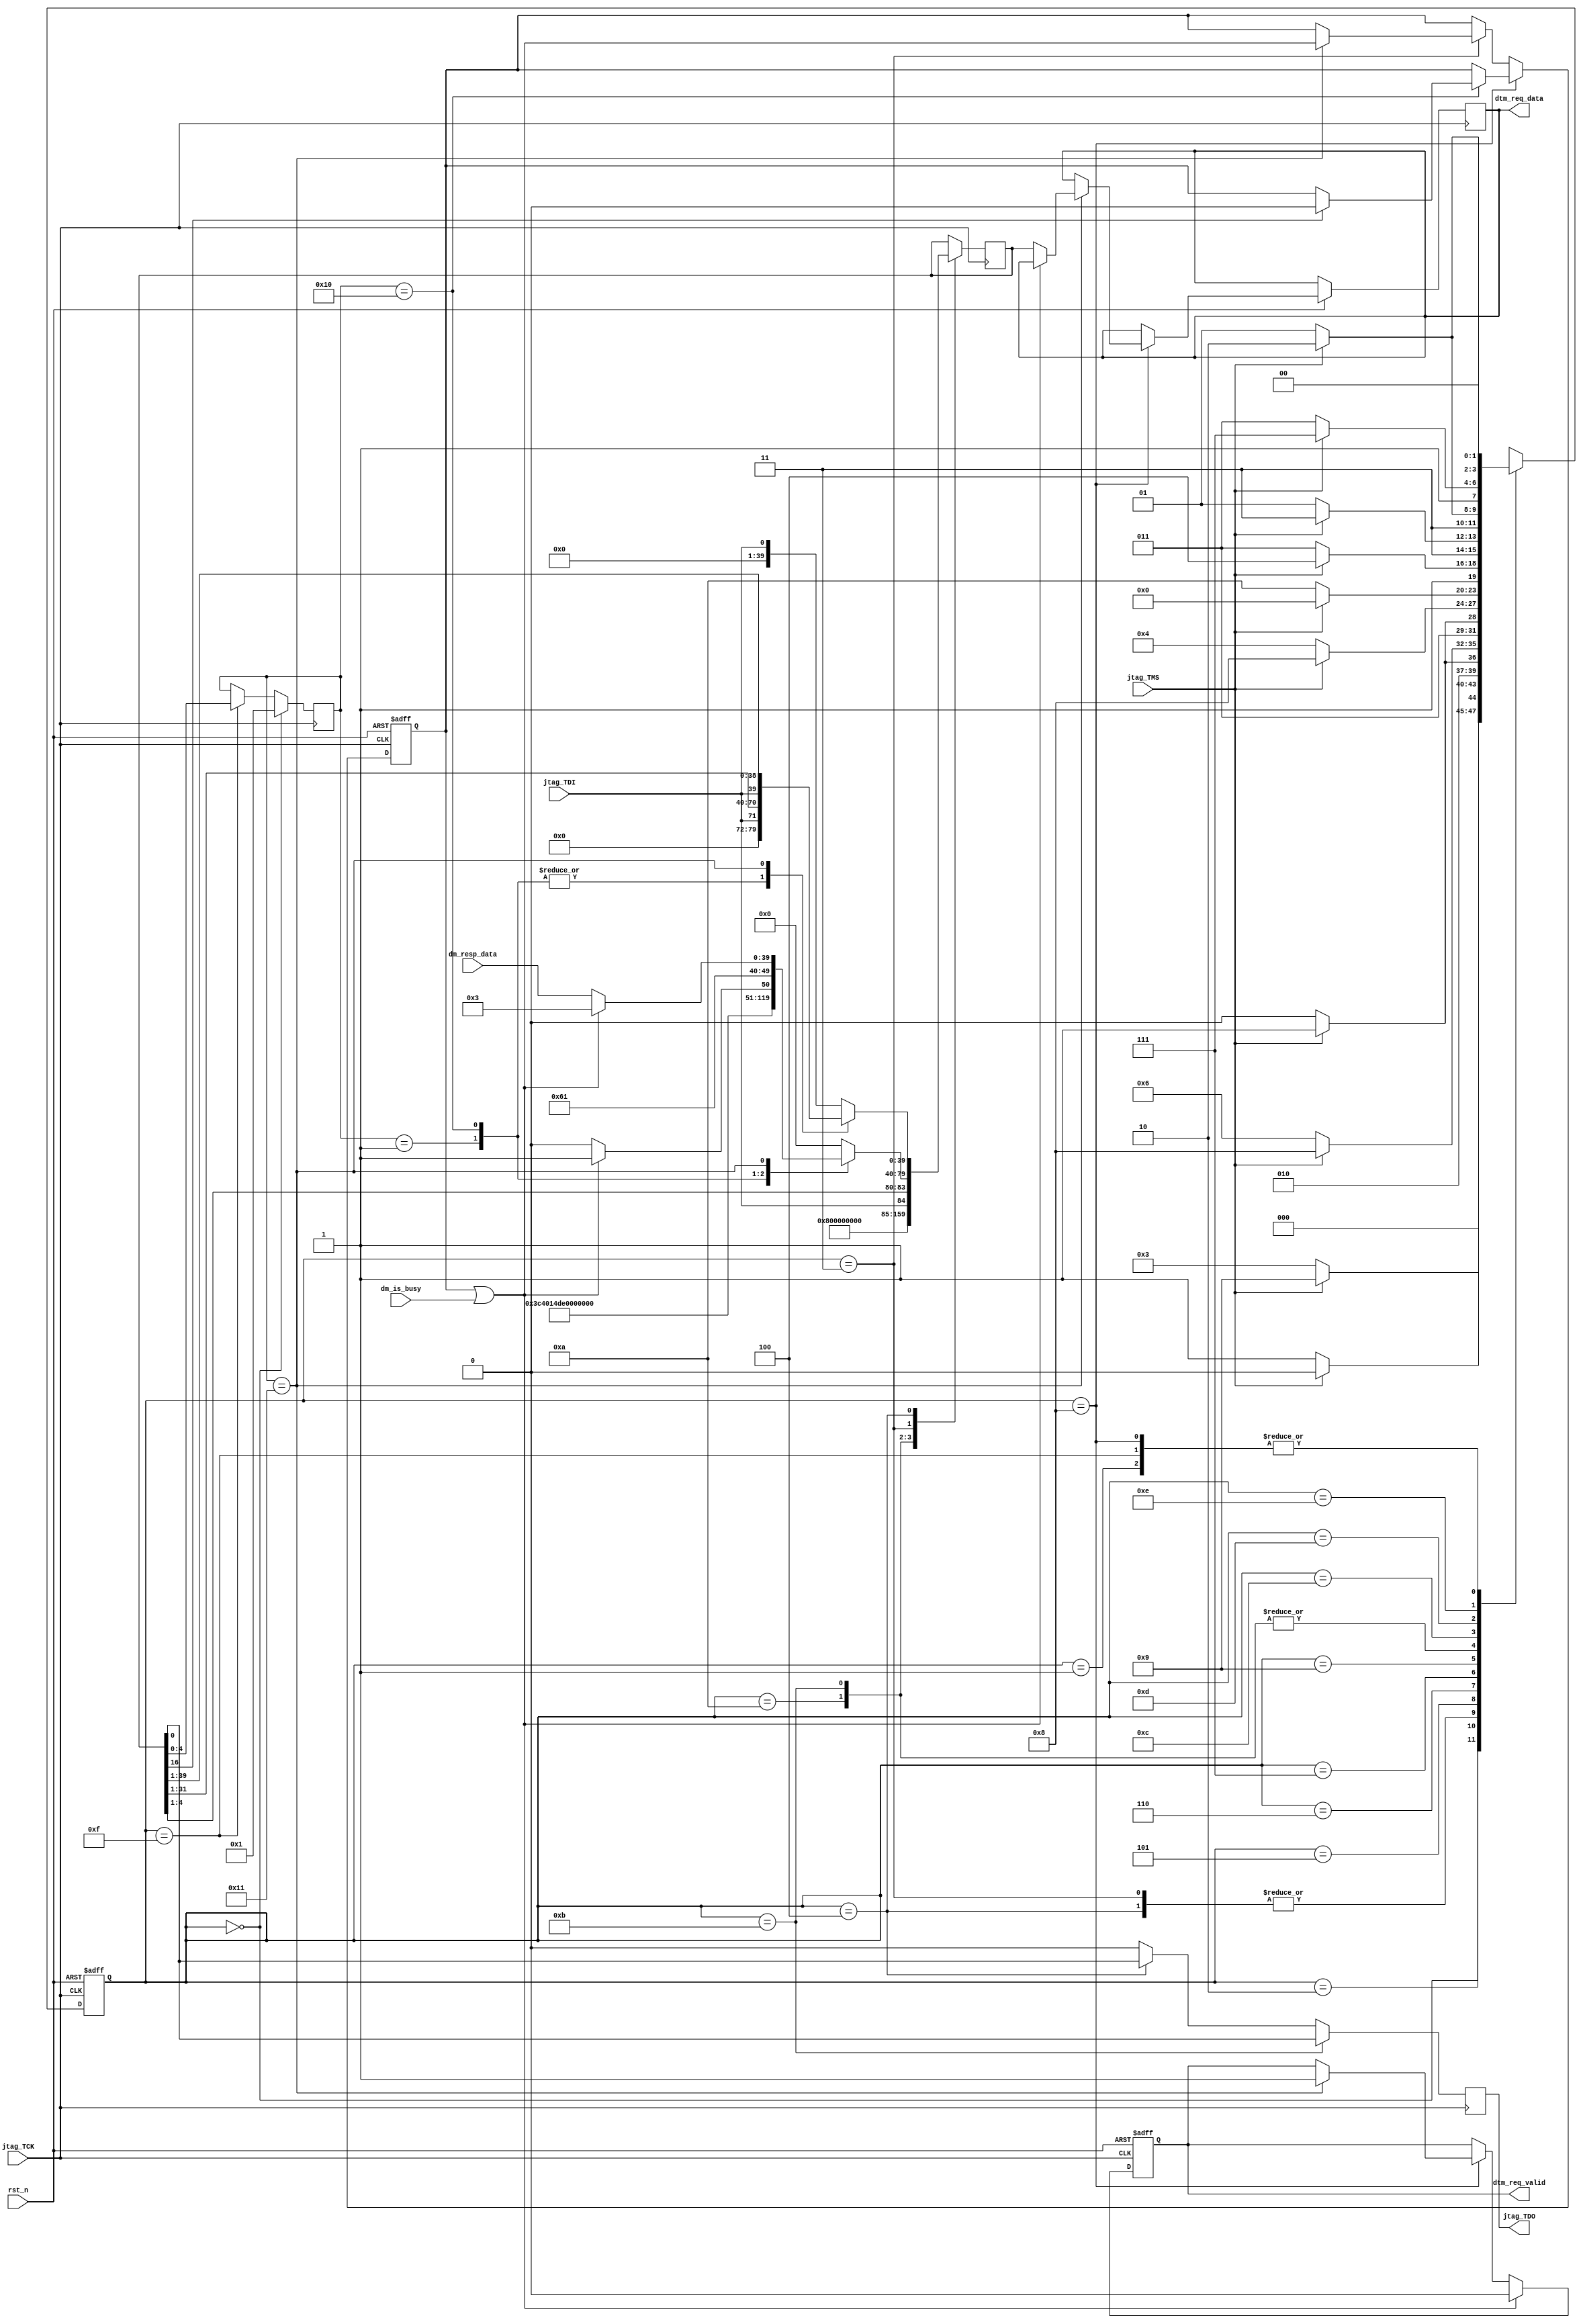
 /*                                                                      
 Copyright 2020 Blue Liang, liangkangnan@163.com
                                                                         
 Licensed under the Apache License, Version 2.0 (the "License");         
 you may not use this file except in compliance with the License.        
 You may obtain a copy of the License at                                 
                                                                         
     http://www.apache.org/licenses/LICENSE-2.0                          
                                                                         
 Unless required by applicable law or agreed to in writing, software    
 distributed under the License is distributed on an "AS IS" BASIS,       
 WITHOUT WARRANTIES OR CONDITIONS OF ANY KIND, either express or implied.
 See the License for the specific language governing permissions and     
 limitations under the License.                                          
 */

`define DM_RESP_VALID     1'b1
`define DM_RESP_INVALID   1'b0
`define DTM_REQ_VALID     1'b1
`define DTM_REQ_INVALID   1'b0


module jtag_driver(

    rst_n,

    jtag_TCK,
    jtag_TDI,
    jtag_TMS,
    jtag_TDO,

    dm_is_busy,
    dm_resp_data,
    dtm_req_valid,
    dtm_req_data

    );

    parameter IDCODE_VERSION  = 4'h1;
    parameter IDCODE_PART_NUMBER = 16'he200;
    parameter IDCODE_MANUFLD = 11'h537;

    parameter DTM_VERSION  = 4'h1;
    parameter IR_BITS = 5;

    parameter DMI_ADDR_BITS = 6;
    parameter DMI_DATA_BITS = 32;
    parameter DMI_OP_BITS = 2;
    parameter DM_RESP_BITS = DMI_ADDR_BITS + DMI_DATA_BITS + DMI_OP_BITS;
    parameter DTM_REQ_BITS = DMI_ADDR_BITS + DMI_DATA_BITS + DMI_OP_BITS;
    parameter SHIFT_REG_BITS = DTM_REQ_BITS;

    // input and output
    input wire rst_n;
    input wire jtag_TCK;
    input wire jtag_TDI;
    input wire jtag_TMS;
    output reg jtag_TDO;
    input wire dm_is_busy;
    input wire[DM_RESP_BITS - 1:0] dm_resp_data;
    output reg dtm_req_valid;
    output reg[DTM_REQ_BITS - 1:0] dtm_req_data;

    // JTAG StateMachine
    parameter TEST_LOGIC_RESET  = 4'h0;
    parameter RUN_TEST_IDLE     = 4'h1;
    parameter SELECT_DR         = 4'h2;
    parameter CAPTURE_DR        = 4'h3;
    parameter SHIFT_DR          = 4'h4;
    parameter EXIT1_DR          = 4'h5;
    parameter PAUSE_DR          = 4'h6;
    parameter EXIT2_DR          = 4'h7;
    parameter UPDATE_DR         = 4'h8;
    parameter SELECT_IR         = 4'h9;
    parameter CAPTURE_IR        = 4'hA;
    parameter SHIFT_IR          = 4'hB;
    parameter EXIT1_IR          = 4'hC;
    parameter PAUSE_IR          = 4'hD;
    parameter EXIT2_IR          = 4'hE;
    parameter UPDATE_IR         = 4'hF;

    // DTM regs
    parameter REG_BYPASS       = 5'b11111;
    parameter REG_IDCODE       = 5'b00001;
    parameter REG_DMI          = 5'b10001;
    parameter REG_DTMCS        = 5'b10000;

    reg[IR_BITS - 1:0] ir_reg;
    reg[SHIFT_REG_BITS - 1:0] shift_reg;
    reg[3:0] jtag_state;
    wire is_busy;
    reg sticky_busy;

    wire[5:0] addr_bits = DMI_ADDR_BITS[5:0];
    wire [SHIFT_REG_BITS - 1:0] busy_response;
    wire [SHIFT_REG_BITS - 1:0] none_busy_response;
    wire[31:0] idcode;
    wire[31:0] dtmcs;
    wire[1:0] dmi_stat;
    wire dtm_reset;

    assign dtm_reset = shift_reg[16];
    assign idcode  = {IDCODE_VERSION, IDCODE_PART_NUMBER, IDCODE_MANUFLD, 1'h1};
    assign dtmcs = {14'b0,
                    1'b0,  // dmihardreset
                    1'b0,  // dmireset
                    1'b0,
                    3'h5,  // idle
                    dmi_stat,      // dmistat
                    addr_bits,    // abits
                    DTM_VERSION}; // version

    assign busy_response  = {{(DMI_ADDR_BITS +  DMI_DATA_BITS){1'b0}}, {(DMI_OP_BITS){1'b1}}};  // op = 2'b11
    assign none_busy_response = dm_resp_data;
    assign is_busy = sticky_busy | dm_is_busy;
    assign dmi_stat = is_busy ? 2'b01 : 2'b00;

    // state switch
    always @(posedge jtag_TCK or negedge rst_n) begin
        if (!rst_n) begin
            jtag_state <= TEST_LOGIC_RESET;
        end else begin
            case (jtag_state)
                TEST_LOGIC_RESET  : jtag_state <= jtag_TMS ? TEST_LOGIC_RESET : RUN_TEST_IDLE;
                RUN_TEST_IDLE     : jtag_state <= jtag_TMS ? SELECT_DR        : RUN_TEST_IDLE;
                SELECT_DR         : jtag_state <= jtag_TMS ? SELECT_IR        : CAPTURE_DR;
                CAPTURE_DR        : jtag_state <= jtag_TMS ? EXIT1_DR         : SHIFT_DR;
                SHIFT_DR          : jtag_state <= jtag_TMS ? EXIT1_DR         : SHIFT_DR;
                EXIT1_DR          : jtag_state <= jtag_TMS ? UPDATE_DR        : PAUSE_DR;
                PAUSE_DR          : jtag_state <= jtag_TMS ? EXIT2_DR         : PAUSE_DR;
                EXIT2_DR          : jtag_state <= jtag_TMS ? UPDATE_DR        : SHIFT_DR;
                UPDATE_DR         : jtag_state <= jtag_TMS ? SELECT_DR        : RUN_TEST_IDLE;
                SELECT_IR         : jtag_state <= jtag_TMS ? TEST_LOGIC_RESET : CAPTURE_IR;
                CAPTURE_IR        : jtag_state <= jtag_TMS ? EXIT1_IR         : SHIFT_IR;
                SHIFT_IR          : jtag_state <= jtag_TMS ? EXIT1_IR         : SHIFT_IR;
                EXIT1_IR          : jtag_state <= jtag_TMS ? UPDATE_IR        : PAUSE_IR;
                PAUSE_IR          : jtag_state <= jtag_TMS ? EXIT2_IR         : PAUSE_IR;
                EXIT2_IR          : jtag_state <= jtag_TMS ? UPDATE_IR        : SHIFT_IR;
                UPDATE_IR         : jtag_state <= jtag_TMS ? SELECT_DR        : RUN_TEST_IDLE; 
            endcase
        end
    end

    // IR or DR shift
    always @(posedge jtag_TCK) begin
        case (jtag_state)
            // IR
            CAPTURE_IR: shift_reg <= {{(SHIFT_REG_BITS - 1){1'b0}}, 1'b1}; //JTAG spec says it must be b01
            SHIFT_IR  : shift_reg <= {{(SHIFT_REG_BITS - IR_BITS){1'b0}}, jtag_TDI, shift_reg[IR_BITS - 1:1]}; // right shift 1 bit
            // DR
            CAPTURE_DR: case (ir_reg) 
                            REG_BYPASS     : shift_reg <= {(SHIFT_REG_BITS){1'b0}};
                            REG_IDCODE     : shift_reg <= {{(SHIFT_REG_BITS - DMI_DATA_BITS){1'b0}}, idcode};
                            REG_DTMCS      : shift_reg <= {{(SHIFT_REG_BITS - DMI_DATA_BITS){1'b0}}, dtmcs};
                            REG_DMI        : shift_reg <=  is_busy ? busy_response : none_busy_response;
                            default:
                                shift_reg <= {(SHIFT_REG_BITS){1'b0}};
                        endcase
            SHIFT_DR  : case (ir_reg) 
                            REG_BYPASS     : shift_reg <= {{(SHIFT_REG_BITS - 1){1'b0}}, jtag_TDI}; // in = out
                            REG_IDCODE     : shift_reg <= {{(SHIFT_REG_BITS - DMI_DATA_BITS){1'b0}}, jtag_TDI, shift_reg[31:1]}; // right shift 1 bit
                            REG_DTMCS      : shift_reg <= {{(SHIFT_REG_BITS - DMI_DATA_BITS){1'b0}}, jtag_TDI, shift_reg[31:1]}; // right shift 1 bit
                            REG_DMI        : shift_reg <= {jtag_TDI, shift_reg[SHIFT_REG_BITS - 1:1]}; // right shift 1 bit
                            default:
                                shift_reg <= {{(SHIFT_REG_BITS - 1){1'b0}} , jtag_TDI};
                        endcase 
        endcase
    end

    // start access DM module
    always @(posedge jtag_TCK or negedge rst_n) begin
        if (!rst_n) begin
            dtm_req_valid <= `DTM_REQ_INVALID;
        end else begin
            if (jtag_state == UPDATE_DR) begin
                if (ir_reg == REG_DMI) begin
                    // if DM can be access
                    if (!is_busy) begin
                        dtm_req_valid <= `DTM_REQ_VALID;
                        dtm_req_data <= shift_reg;
                    end
                end
            end
            if (is_busy) begin
                dtm_req_valid <= `DTM_REQ_INVALID;
            end
        end
    end

    // DTM reset
    always @ (posedge jtag_TCK or negedge rst_n) begin
        if (!rst_n) begin
            sticky_busy <= 1'b0;
        end else begin
            if (jtag_state == UPDATE_DR) begin
                if (ir_reg == REG_DTMCS) begin
                    if (dtm_reset) begin
                        sticky_busy <= 1'b0;
                    end
                end
            end else if (jtag_state == CAPTURE_DR) begin
                if (ir_reg == REG_DMI) begin
                    sticky_busy <= is_busy;
                end
            end
        end
    end

    // TAP reset
    always @(negedge jtag_TCK) begin
        if (jtag_state == TEST_LOGIC_RESET) begin
            ir_reg <= REG_IDCODE;
        end else if (jtag_state == UPDATE_IR) begin
            ir_reg <= shift_reg[IR_BITS - 1:0];
        end
    end

    // TDO output
    always @(negedge jtag_TCK) begin
        if (jtag_state == SHIFT_IR) begin
            jtag_TDO <= shift_reg[0];
        end else if (jtag_state == SHIFT_DR) begin
            jtag_TDO <= shift_reg[0];
        end else begin
            jtag_TDO <= 1'b0;
        end
    end


endmodule